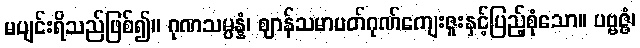
မပျင်းရိသည်ဖြစ်၍။ ဂုဏသမ္ပန္နံ၊ ဈာန်သမာပတ်ဂုဏ်ကျေးဇူးနှင့်ပြည့်စုံသော။ ပဗ္ဗဇ္ဇံ၊